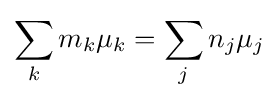
\sum _{k}m_{k}\mu _{k}=\sum _{j}n_{j}\mu _{j}